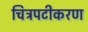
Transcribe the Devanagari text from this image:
चित्रपटीकरण